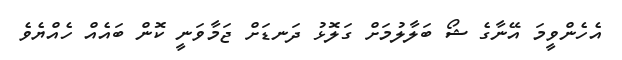
އެހެންވީމަ އޭނާގެ ޝޯ ބަލާލުމަށް ގަލޮޅު ދަނޑަށް ޖަމާވަނީ ކޮން ބައެއް ހެއްޔެވެ